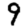
Digit: 9